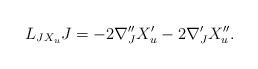
LaTeX: \begin{align*} L_{JX_u} J = -2\nabla^{\prime\prime}_J X_u^\prime - 2\nabla^\prime_J X_u^{\prime\prime}. \end{align*}